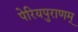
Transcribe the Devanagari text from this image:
पेरियपुराणम्